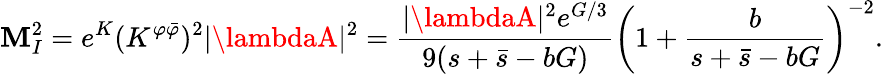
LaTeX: \mathbf{M}_{I}^{2}=e^{K}(K^{\varphi\bar{{\varphi}}})^{2}|\lambdaA|^{2}=\frac{{|\lambdaA|^{2}e^{G/3}}}{{9(s+\bar{{s}}-bG)}}\left(1+\frac{{b}}{{s+\bar{{s}}-bG}}\right)^{-2}.